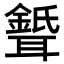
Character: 𦗦